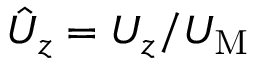
\hat { U } _ { z } = U _ { z } / U _ { \mathrm { { M } } }